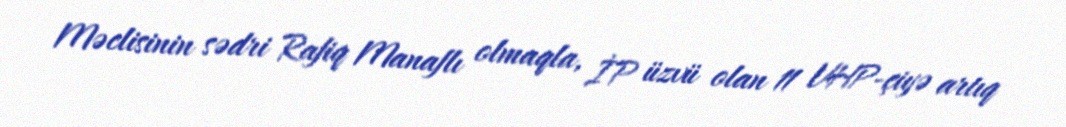
Məclisinin sədri Rafiq Manaflı olmaqla, İP üzvü olan 11 VHP-çiyə artıq